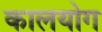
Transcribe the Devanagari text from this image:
कालयोग